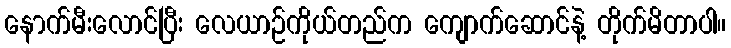
နောက်မီးလောင်ပြီး လေယာဉ်ကိုယ်တည်က ကျောက်ဆောင်နဲ့ တိုက်မိတာပါ။